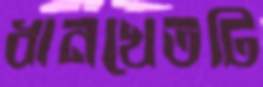
ধানখেতটি